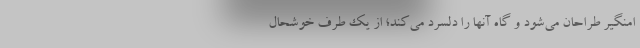
امنگیر طراحان می‌شود و گاه آنها را دلسرد می‌کند؛ از یک طرف خوشحال